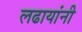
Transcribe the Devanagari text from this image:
लढायांनी